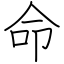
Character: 命